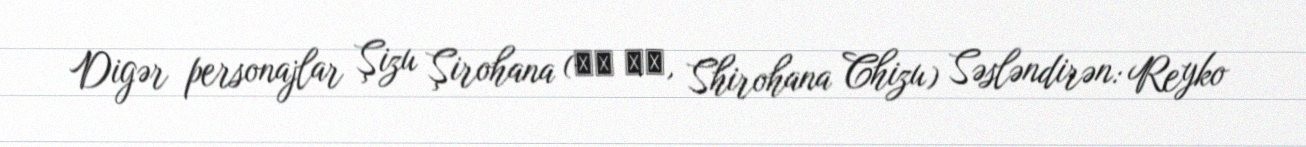
Digər personajlar Şizu Şirohana (白花 チヅ, Shirohana Chizu) Səsləndirən: Reyko